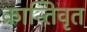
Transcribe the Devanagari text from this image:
क्रान्तिवृत